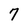
Character: 7